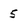
Character: 5